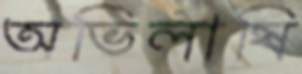
অভিলাষি